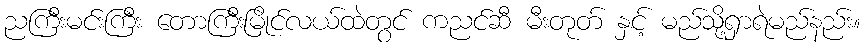
ညကြီးမင်းကြီး တောကြီးမြိုင်လယ်ထဲတွင် ကညင်ဆီ မီးတုတ် နှင့် မည်သို့ရှာရဲမည်နည်း။